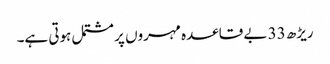
ریڑھ 33 بے قاعدہ مہروں پر مشتمل ہوتی ہے۔